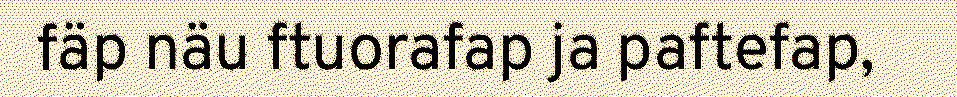
fäp näu ftuorafap ja paftefap,